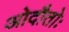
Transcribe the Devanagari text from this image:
ओदौतोः